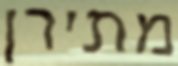
מתירן